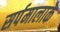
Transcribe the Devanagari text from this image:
सर्पमालाके